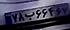
۷۸ب۶۶۴۶۷